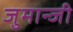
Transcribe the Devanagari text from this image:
जुमान्जी